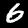
Label: 6